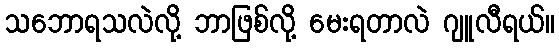
သဘောရသလဲလို့ ဘာဖြစ်လို့ မေးရတာလဲ ဂျူလီရယ်။